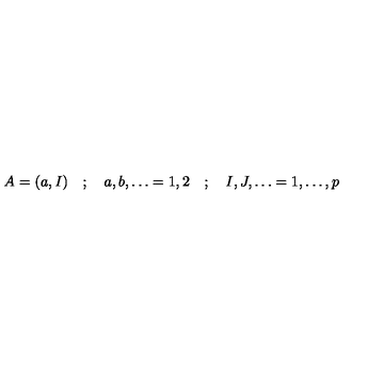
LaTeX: A = ( a , I ) \quad ; \quad a , b , \dots = 1 , 2 \quad ; \quad I , J , \dots = 1 , \dots , p